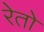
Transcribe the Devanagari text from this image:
रेतो